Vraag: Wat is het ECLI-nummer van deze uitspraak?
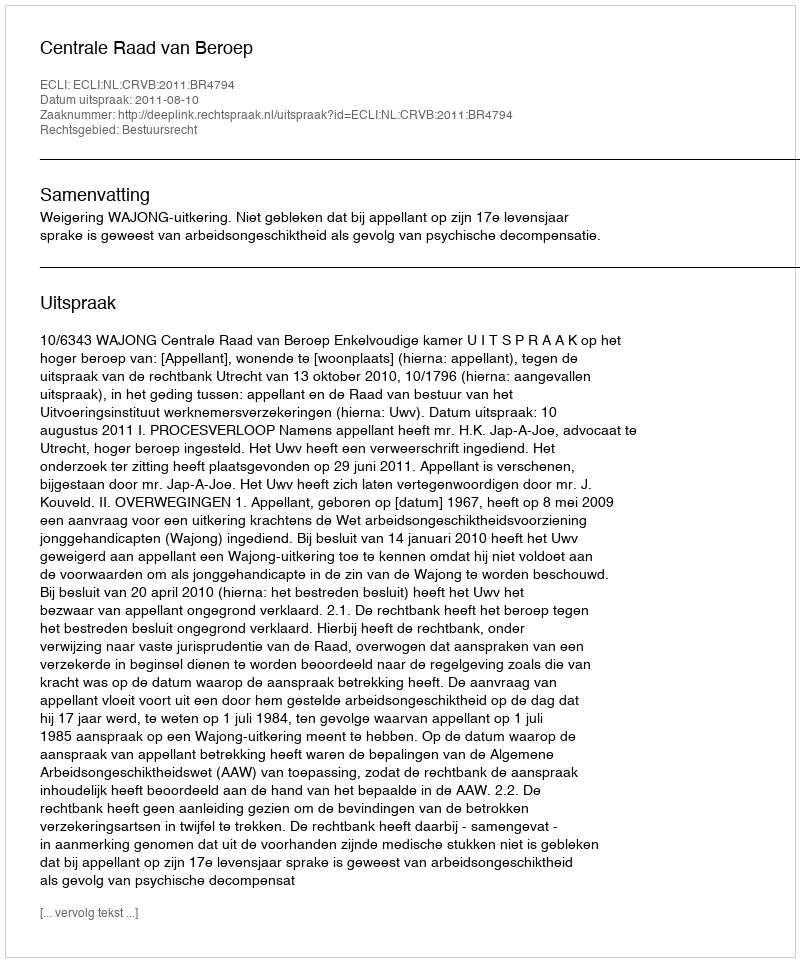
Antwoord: ECLI:NL:CRVB:2011:BR4794